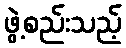
ဖွဲ့စည်းသည့်